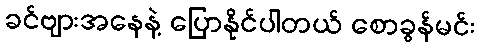
ခင်ဗျားအနေနဲ့ ပြောနိုင်ပါတယ် စောခွန်မင်း